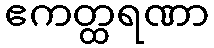
ဧကတ္ထရဏာ